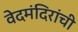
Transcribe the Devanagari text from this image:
वेदमंदिरांची